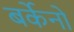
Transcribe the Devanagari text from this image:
बर्केनो